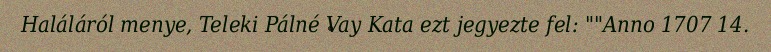
Haláláról menye, Teleki Pálné Vay Kata ezt jegyezte fel: ""Anno 1707 14.